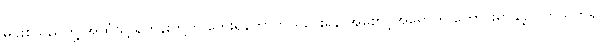
မင်းစသည်တို့ အထံသို့ ရဟန်းတို့က ဘေးရန်ကာကွယ်ပေးရန် အစောင့်အရှောက် တောင်းရာနှင့် ပတ်သက်၍